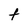
Character: t